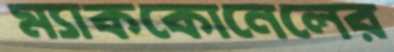
ম্যাককোনেলের